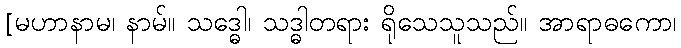
[မဟာနာမ၊ နာမ်။ သဒ္ဓေါ၊ သဒ္ဓါတရား ရိုသေသူသည်။ အာရာဓကော၊